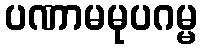
ပဏာမမုပဂမ္မ